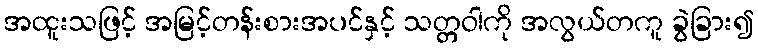
အထူးသဖြင့် အမြင့်တန်းစားအပင်နှင့် သတ္တဝါကို အလွယ်တကူ ခွဲခြား၍